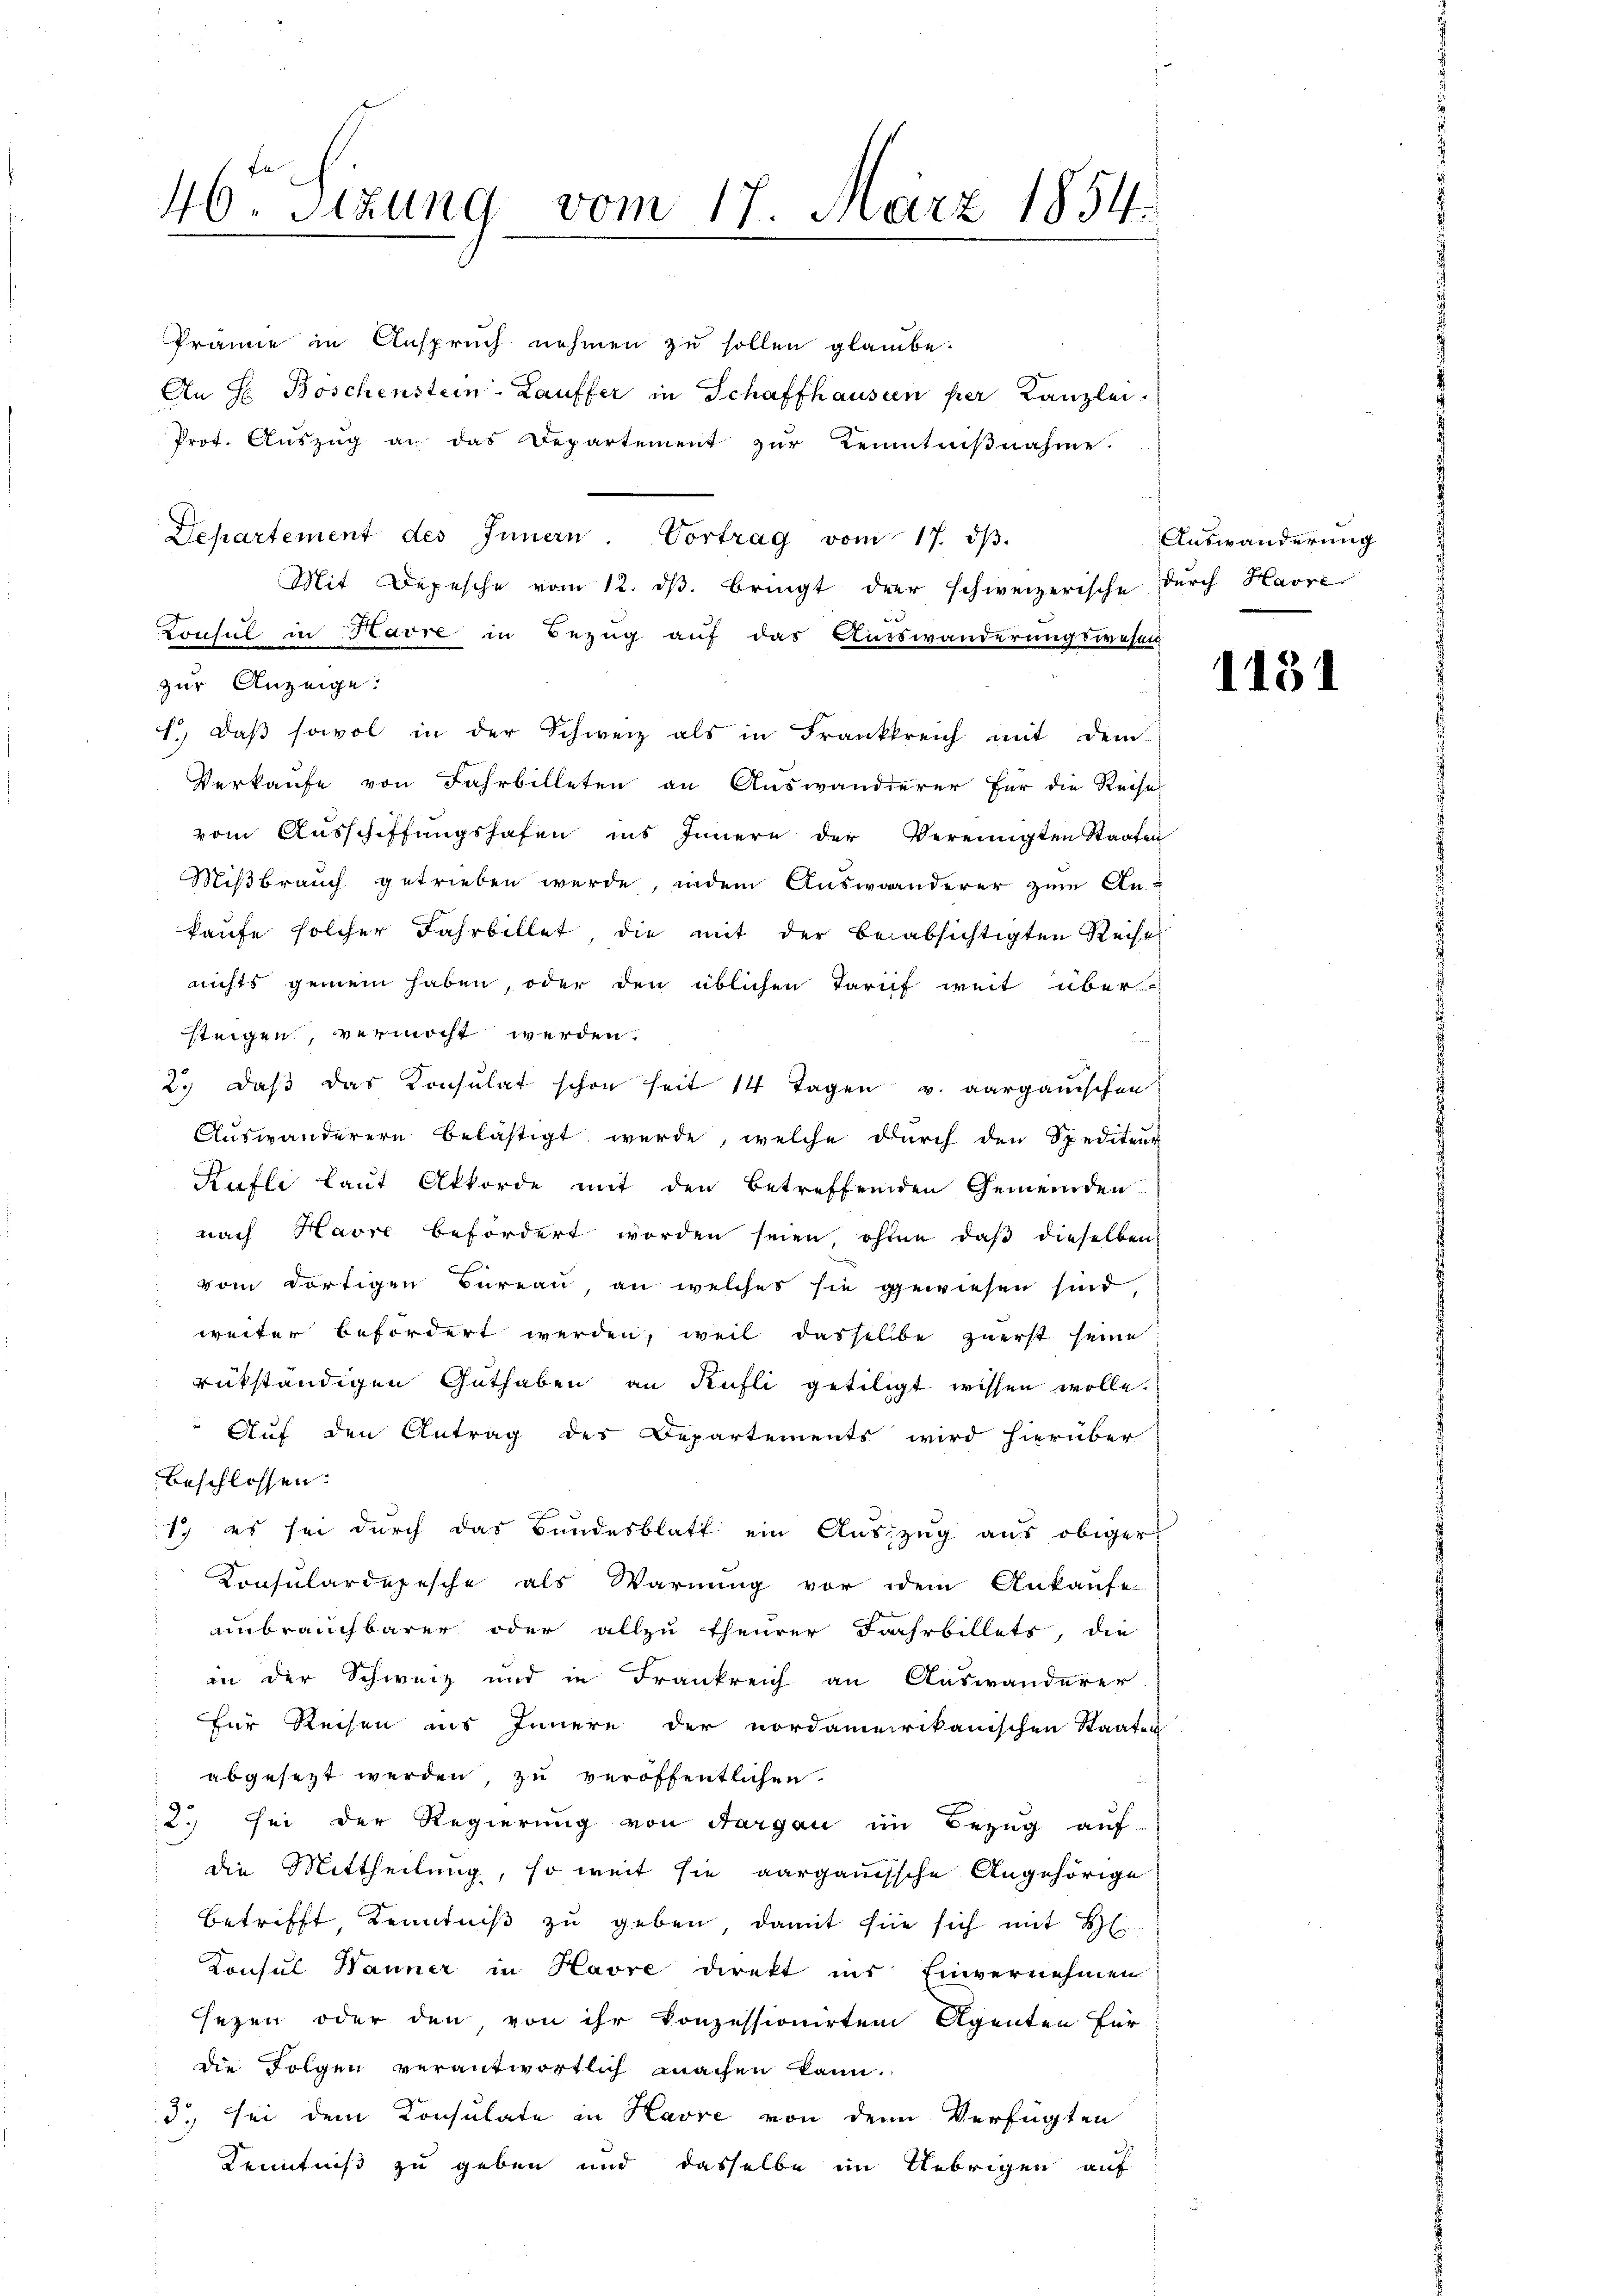
46 Sizung vom 17. März 1854.
e

Prämie in Anspruch nehmen zu sollen glaube.
An H. Boschenstein-Lauffer in Schaffhausen per Kanzlei.
Prot. Aŭszŭg an das Departement zŭr Kenntniβnahme.
Mit Depesche vom 12. dβ. bringt der schweizerische durch Havre
Konsul in Havre in Bezug auf das Auswanderungswesen
zur Anzeige:
1. daβ sowol in der Schweiz als in Frankkreich mit dem
Verkaufe von Fahrbilleten an Auswanderer für die Reise
vom Aŭsschiffungshafen ins Innern der Vereinigten Staaten
Mißbrauch getrieben werde, indem Auswanderer zum An-
kaufe solcher Fahrbillet die mit der beabsichtigten Reise
nichts gemein haben, oder den üblichen Tarif weit über
steigen, vermocht werden.
e
2. daβ das Konsulat schon seit 14 Tagen v. aarganischen
Auswanderern belästigt werde, welche durch den Spediteur
Kufli laut Akkorde mit den betreffenden Gemeinden
nach Havre befördert worden seien ohnen daβ dieselben
vom dortigen Büreau, an welches sie gewiesen sind,
weiter befördert werden, weil dasselbe zuerst seine
rükständigen Guthaben an Küfli getiligt wissen wolle.
Auf den Antrag des Departements wird hierüber
beschlossen:
d
1. es sei durch das Bundesblatt ein Auszug aus obiger
Konsulardepesche als Warnung vor dem Ankaufe
unbrauchbarer oder allzu theurer Fahrbillets, die
in der Schweiz und in Frankreich an Auswanderer
Für Reisen ins Innere der nordamerikanischen Staaten
abgesezt werden, zu veröffentlichen.
2) sei der Regierung von dargen im Bezug auf
die Mittheilung, so weit sie aargauische Angehörige
betrifft Kenntniß zu geben, damit sie sich mit H
Konsul Hanner in Havre direkt ins Einvernehmen
sezen oder den von ihr konzessionirten Agenten Far-
die Folgen verantwortlich machen kann.
3) sei dem Konsulate in Havre von den Verfügten
Kenntniß zu geben und dasselbe im Uebrigen auf

Departement des Innern. Vortrag vom 17. dβ.

Auswanderung

1131